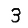
Digit: 3